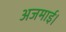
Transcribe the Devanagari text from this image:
अजमाई।